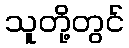
သူတို့တွင်